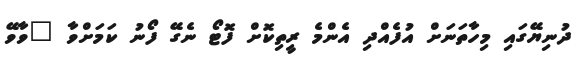
ދުނިޔޭގައި މިހާތަނަށް އުފެއްދި އެންމެ ރީތިކޮށް ފޮޓޯ ނެގޭ ފޯނު ކަމަށްވާ "ވާވޭ